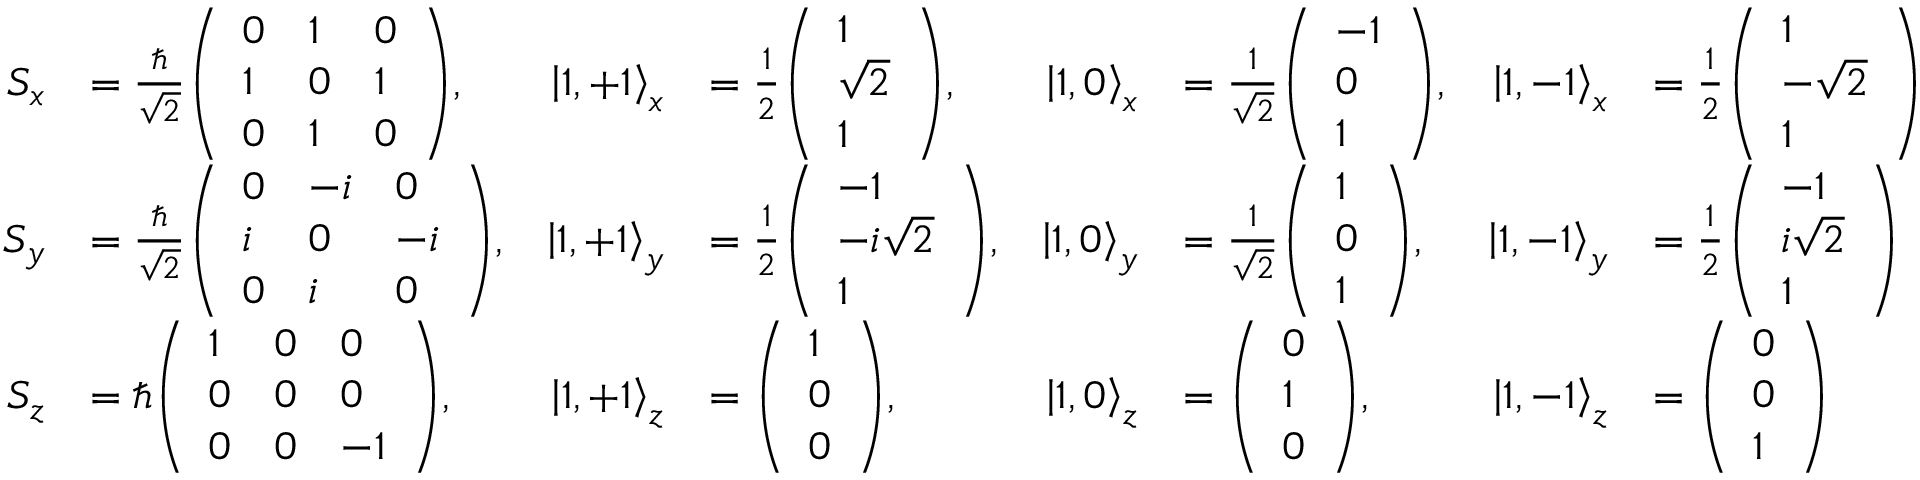
{ \begin{array} { r l r l r l r l } { S _ { x } } & { = { \frac { \hbar } { \sqrt { 2 } } } { \left( \begin{array} { l l l } { 0 } & { 1 } & { 0 } \\ { 1 } & { 0 } & { 1 } \\ { 0 } & { 1 } & { 0 } \end{array} \right) } , } & { \left| 1 , + 1 \right\rangle _ { x } } & { = { \frac { 1 } { 2 } } { \left( \begin{array} { l } { 1 } \\ { { \sqrt { 2 } } } \\ { 1 } \end{array} \right) } , } & { \left| 1 , 0 \right\rangle _ { x } } & { = { \frac { 1 } { \sqrt { 2 } } } { \left( \begin{array} { l } { - 1 } \\ { 0 } \\ { 1 } \end{array} \right) } , } & { \left| 1 , - 1 \right\rangle _ { x } } & { = { \frac { 1 } { 2 } } { \left( \begin{array} { l } { 1 } \\ { { - { \sqrt { 2 } } } } \\ { 1 } \end{array} \right) } } \\ { S _ { y } } & { = { \frac { \hbar } { \sqrt { 2 } } } { \left( \begin{array} { l l l } { 0 } & { - i } & { 0 } \\ { i } & { 0 } & { - i } \\ { 0 } & { i } & { 0 } \end{array} \right) } , } & { \left| 1 , + 1 \right\rangle _ { y } } & { = { \frac { 1 } { 2 } } { \left( \begin{array} { l } { - 1 } \\ { - i { \sqrt { 2 } } } \\ { 1 } \end{array} \right) } , } & { \left| 1 , 0 \right\rangle _ { y } } & { = { \frac { 1 } { \sqrt { 2 } } } { \left( \begin{array} { l } { 1 } \\ { 0 } \\ { 1 } \end{array} \right) } , } & { \left| 1 , - 1 \right\rangle _ { y } } & { = { \frac { 1 } { 2 } } { \left( \begin{array} { l } { - 1 } \\ { i { \sqrt { 2 } } } \\ { 1 } \end{array} \right) } } \\ { S _ { z } } & { = \hbar { \left( \begin{array} { l l l } { 1 } & { 0 } & { 0 } \\ { 0 } & { 0 } & { 0 } \\ { 0 } & { 0 } & { - 1 } \end{array} \right) } , } & { \left| 1 , + 1 \right\rangle _ { z } } & { = { \left( \begin{array} { l } { 1 } \\ { 0 } \\ { 0 } \end{array} \right) } , } & { \left| 1 , 0 \right\rangle _ { z } } & { = { \left( \begin{array} { l } { 0 } \\ { 1 } \\ { 0 } \end{array} \right) } , } & { \left| 1 , - 1 \right\rangle _ { z } } & { = { \left( \begin{array} { l } { 0 } \\ { 0 } \\ { 1 } \end{array} \right) } } \end{array} }